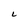
Character: 2